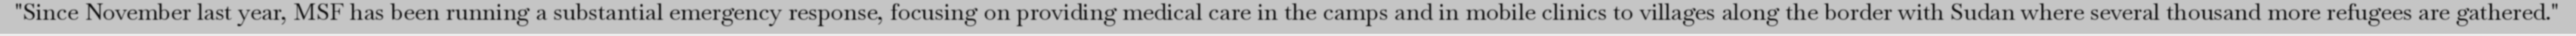
"Since November last year, MSF has been running a substantial emergency response, focusing on providing medical care in the camps and in mobile clinics to villages along the border with Sudan where several thousand more refugees are gathered."